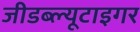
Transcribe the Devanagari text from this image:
जीडब्ल्यूटाइगर